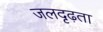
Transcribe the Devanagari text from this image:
जलदृढ़ता